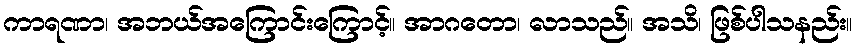
ကာရဏာ၊ အဘယ်အကြောင်းကြောင့်။ အာဂတော၊ လာသည်။ အသိ၊ ဖြစ်ပါသနည်း။